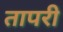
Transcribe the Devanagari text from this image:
तापरी